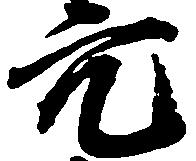
穴